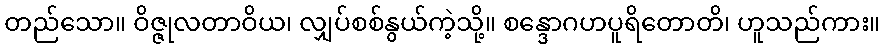
တည်သော။ ဝိဇ္ဇုလတာဝိယ၊ လျှပ်စစ်နွယ်ကဲ့သို့။ စန္ဒောဂဟပူရိတောတိ၊ ဟူသည်ကား။